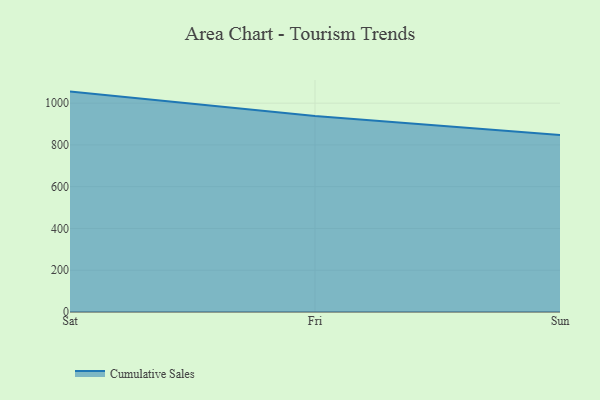
{"axis": {"x": "Day", "y": "Latency (ms)"}, "legend": ["Cumulative Sales"], "data": [{"x": "Sat", "y": 1055.3, "type": "Cumulative Sales"}, {"x": "Fri", "y": 938.3, "type": "Cumulative Sales"}, {"x": "Sun", "y": 847.8, "type": "Cumulative Sales"}]}